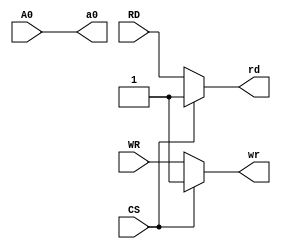
module ReadWriteLogic (RD, WR, A0, CS, wr, rd, a0);

    input RD, WR, A0, CS;
    output rd, a0, wr;

    assign rd = (~CS) ? RD : 1;
    assign wr = (~CS) ? WR : 1;
    assign a0 = A0;

endmodule